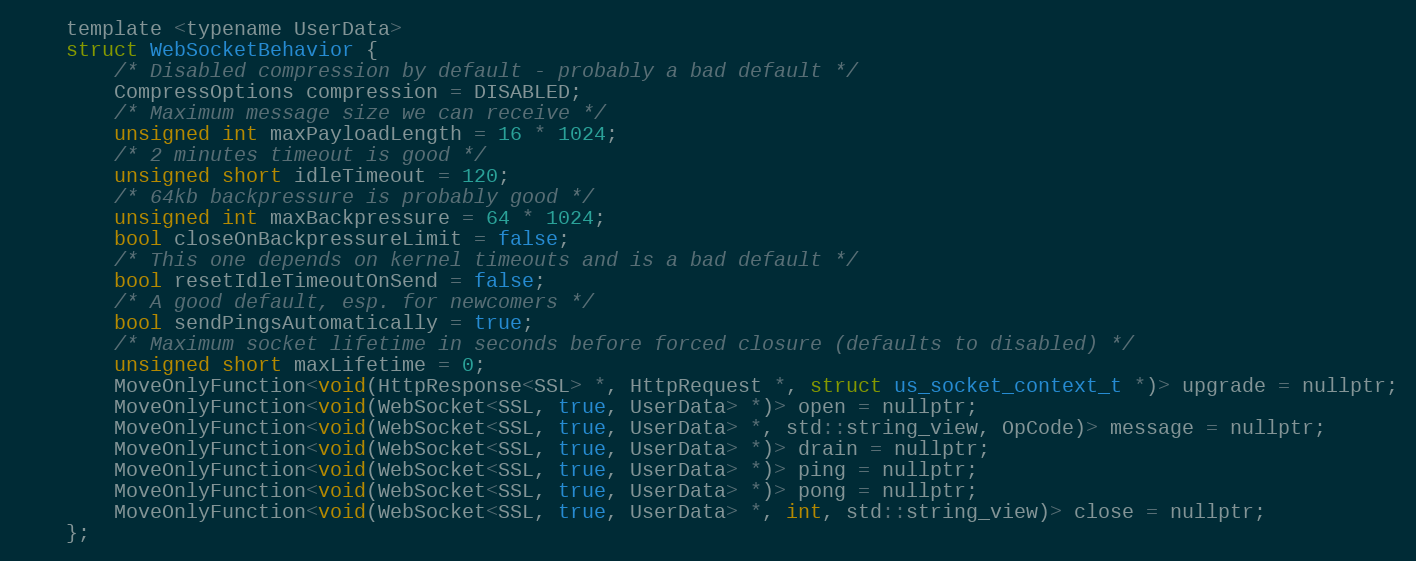
Language: C
    template <typename UserData>
    struct WebSocketBehavior {
        /* Disabled compression by default - probably a bad default */
        CompressOptions compression = DISABLED;
        /* Maximum message size we can receive */
        unsigned int maxPayloadLength = 16 * 1024;
        /* 2 minutes timeout is good */
        unsigned short idleTimeout = 120;
        /* 64kb backpressure is probably good */
        unsigned int maxBackpressure = 64 * 1024;
        bool closeOnBackpressureLimit = false;
        /* This one depends on kernel timeouts and is a bad default */
        bool resetIdleTimeoutOnSend = false;
        /* A good default, esp. for newcomers */
        bool sendPingsAutomatically = true;
        /* Maximum socket lifetime in seconds before forced closure (defaults to disabled) */
        unsigned short maxLifetime = 0;
        MoveOnlyFunction<void(HttpResponse<SSL> *, HttpRequest *, struct us_socket_context_t *)> upgrade = nullptr;
        MoveOnlyFunction<void(WebSocket<SSL, true, UserData> *)> open = nullptr;
        MoveOnlyFunction<void(WebSocket<SSL, true, UserData> *, std::string_view, OpCode)> message = nullptr;
        MoveOnlyFunction<void(WebSocket<SSL, true, UserData> *)> drain = nullptr;
        MoveOnlyFunction<void(WebSocket<SSL, true, UserData> *)> ping = nullptr;
        MoveOnlyFunction<void(WebSocket<SSL, true, UserData> *)> pong = nullptr;
        MoveOnlyFunction<void(WebSocket<SSL, true, UserData> *, int, std::string_view)> close = nullptr;
    };